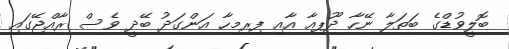
ބޮލީވުޑްގެ ބަތަލާ ނޭހާ ދޫޕިއާ އާއި ފިރިމިހާ އަންގަދު ބޭދީ ވެސް ރާއްޖޭގައި